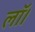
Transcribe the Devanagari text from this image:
लॉ।